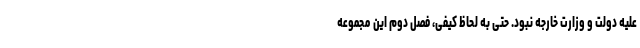
علیه دولت و وزارت خارجه نبود. حتی به لحاظ کیفی، فصل دوم این مجموعه